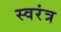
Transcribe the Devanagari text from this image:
स्वरंत्र